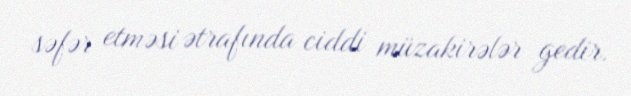
səfər etməsi ətrafında ciddi müzakirələr gedir.